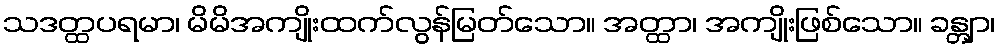
သဒတ္ထပရမာ၊ မိမိအကျိုးထက်လွန်မြတ်သော။ အတ္ထာ၊ အကျိုးဖြစ်သော။ ခန္တျာ၊